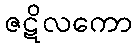
ဇဋိလကော